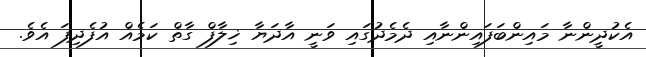
އެކުދީންނާ މައިންބަފައިންނާއި ދެމެދުގައި ވަނީ އާދަޔާ ޚިލާފް ގާތް ކަމެއް އުފެދިފަ އެވެ.